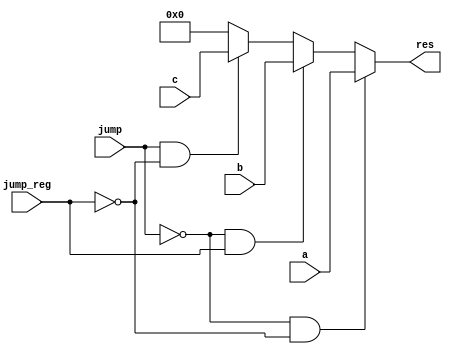
module mux3bit(input [31:0] a,b,c,input jump,jump_reg,output reg [31:0] res);


always @(*)begin

res=0;
if (jump == 0 && jump_reg == 0)
   res = a;
else if (jump == 0 && jump_reg == 1)
   res = b;
else if (jump == 1 && jump_reg == 0)
   res = c;

end

endmodule